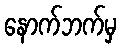
နောက်ဘက်မှ